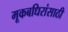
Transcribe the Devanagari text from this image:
मूकबधिरांसाठी